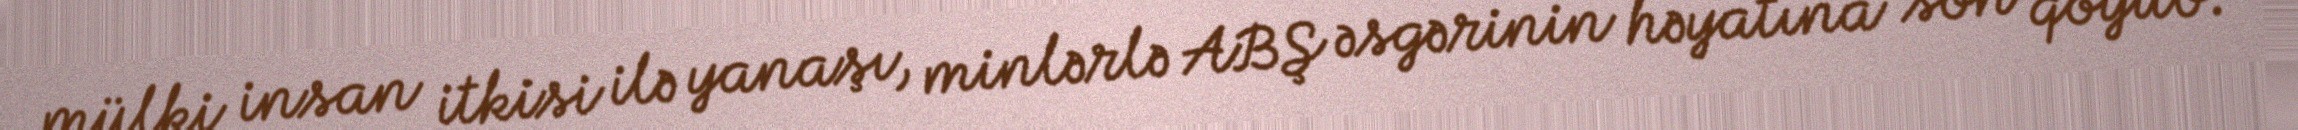
mülki insan itkisi ilə yanaşı, minlərlə ABŞ əsgərinin həyatına son qoyub.